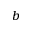
^ b